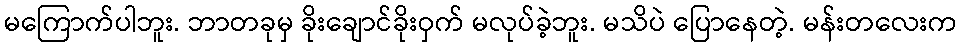
မကြောက်ပါဘူး. ဘာတခုမှ ခိုးချောင်ခိုးဝှက် မလုပ်ခဲ့ဘူး. မသိပဲ ပြောနေတဲ့. မန်းတလေးက